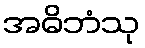
အဓိဘံသု